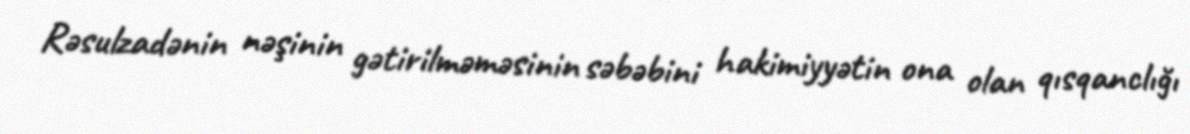
Rəsulzadənin nəşinin gətirilməməsinin səbəbini hakimiyyətin ona olan qısqanclığı